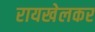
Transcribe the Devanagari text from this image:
रायखेलकर